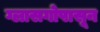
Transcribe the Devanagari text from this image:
ग्लासगोपासून